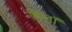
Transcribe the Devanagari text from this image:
बिलॉ